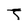
Character: T